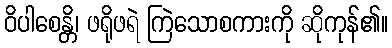
ဝိပါစေန္တိ၊ ဖရိုဖရဲ ကြဲသောစကားကို ဆိုကုန်၏။